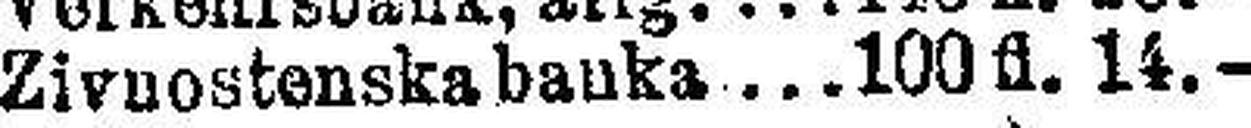
Zivuostenska bauka 100 fl. 14.—